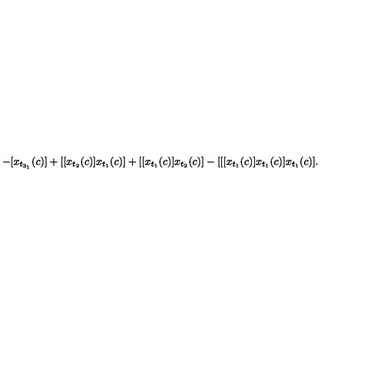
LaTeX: - [ x _ { t _ { 3 _ { 1 } } } ( c ) ] + [ [ x _ { t _ { 2 } } ( c ) ] x _ { t _ { 1 } } ( c ) ] + [ [ x _ { t _ { 1 } } ( c ) ] x _ { t _ { 2 } } ( c ) ] - [ [ [ x _ { t _ { 1 } } ( c ) ] x _ { t _ { 1 } } ( c ) ] x _ { t _ { 1 } } ( c ) ] .